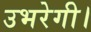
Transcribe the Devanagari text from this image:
उभरेगी।